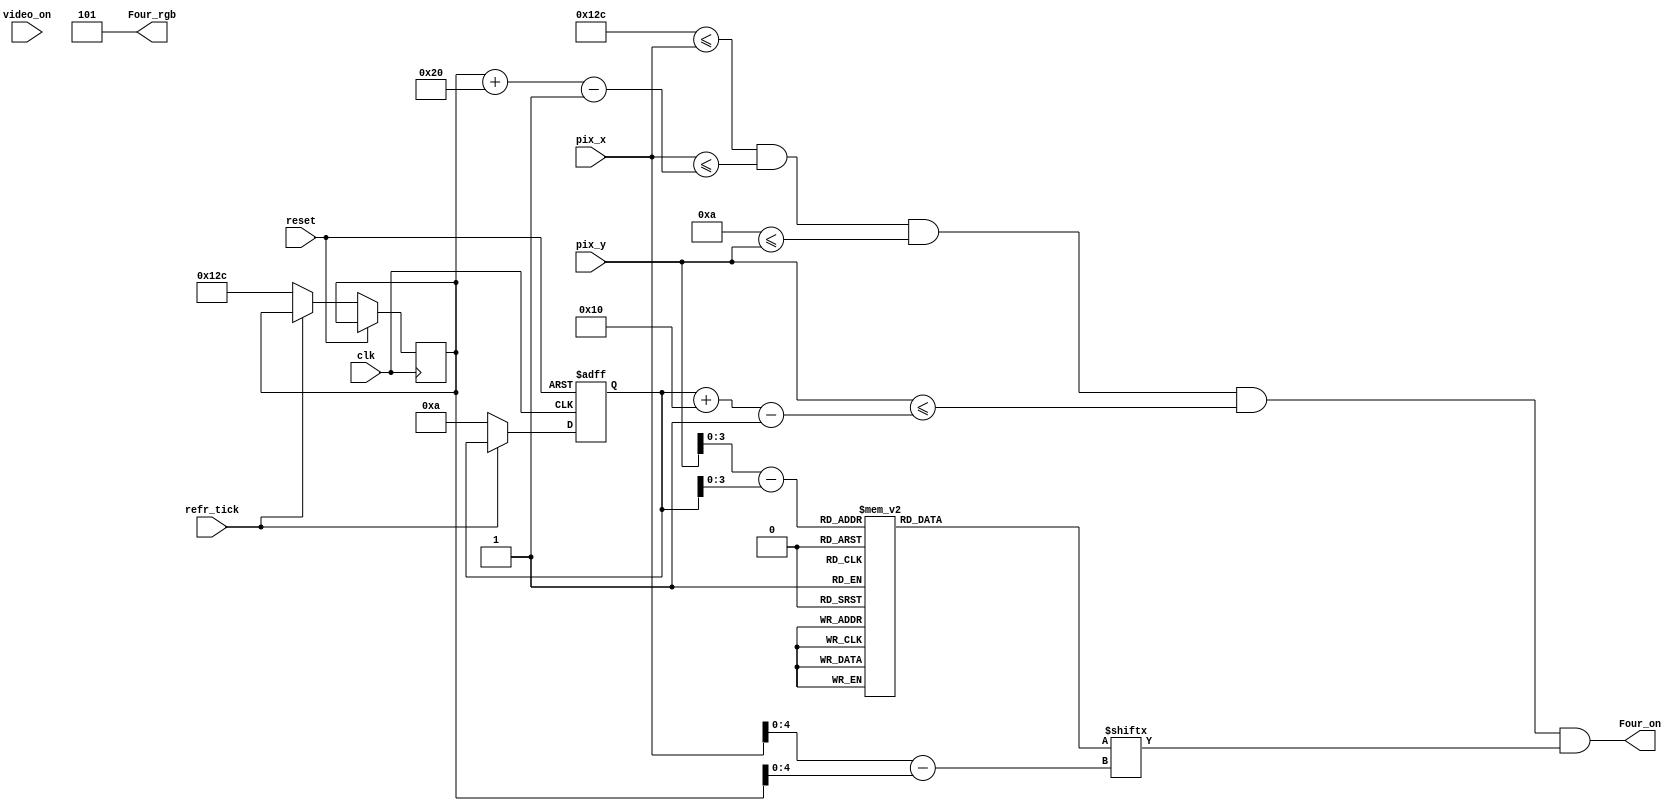
module Four_4(clk, reset,video_on, refr_tick,pix_x,pix_y,Four_on,Four_rgb);
    input clk, reset;
    input video_on, refr_tick;
    input [9:0] pix_x;
    input [9:0] pix_y;
    output Four_on;
    output [2:0] Four_rgb;

  
  //--------------------------------------------
   // Four Logo
   //--------------------------------------------
   wire [3:0] Four_rom_addr; 
	wire [4:0] Four_rom_col;
   reg [31:0] Four_rom_data;
   wire Four_rom_bit,Four_Logo_on, Logo_on ;
   //--------------------------------------------
   // Four Logo Positioning
   //--------------------------------------------
   // Logo Position left, Top boundary
   localparam Four_X_L = 300;
	localparam Four_X_R = 331;
   localparam Four_X_T = 10;
	localparam Four_X_B = 25;
   
   localparam Four_Logo_x = 32;
   localparam Four_Logo_y = 16;

	 // Four left, right boundary
   wire [9:0] Four_x_l, Four_x_r;
   // Four top, bottom boundary
   wire [9:0] Four_y_t, Four_y_b;
   // reg to track left, top position
   reg [9:0] Four_x_reg, Four_y_reg;
   wire [9:0] Four_x_next, Four_y_next; 

	// body
   //--------------------------------------------
   // Four Logo
   //--------------------------------------------
   always @*
   case (Four_rom_addr)
      6'h0: Four_rom_data = 32'b00000000000111111111000000000000; //   ****
      6'h1: Four_rom_data = 33'b00000000000111111111100000000000; //  ******
      6'h2: Four_rom_data = 32'b0000000000011100001111000000000; // ********
      6'h3: Four_rom_data = 32'b0000000000011100000111100000000; // ********
      6'h4: Four_rom_data = 32'b00000000000111000000111100000000; // ********
      6'h5: Four_rom_data = 32'b00000000000111000000011110000000; // ********
      6'h6: Four_rom_data = 32'b00000000000111000000001111000000; //  ******
      6'h7: Four_rom_data = 32'b00000111111111111111111111000000; //   ****
	 6'h8: Four_rom_data = 32'b00000111111111111111111111000000; //   ****
      6'h9: Four_rom_data = 32'b00000000000111000000000000000000; //  ******
      6'hA: Four_rom_data = 32'b00000000000111000000000000000000; // ********
      6'hB: Four_rom_data = 32'b00000000000111000000000000000000; // ********
      6'hC: Four_rom_data = 32'b00000000000111000000000000000000; // ********
      6'hD: Four_rom_data = 32'b00000000000111000000000000000000; // ********
      6'hE: Four_rom_data = 32'b00000000000111000000000000000000; //  ******
      6'hF: Four_rom_data = 32'b00000000000111000000000000000000; //   ****

   endcase

    //------------------------------------------
	 // Register for Four logo
	 //------------------------------------------
	  // registers
   always @(posedge clk, posedge reset)
      if (reset)
         begin
           
			Four_y_reg <= 0;
            
         end
      else
         begin
            
		   	Four_x_reg <= Four_x_next;
		   	Four_y_reg <= Four_y_next;
            
         end


	//--------------------------------------------
   // Four Logo
   //--------------------------------------------
   // boundary
   assign Four_x_l = Four_x_reg;
   assign Four_y_t = Four_y_reg;
   assign Four_x_r = Four_x_l + Four_Logo_x - 1;
   assign Four_y_b = Four_y_t + Four_Logo_y - 1;
   // pixel within logo
   assign Logo_on =
            (Four_X_L<=pix_x) && (pix_x<=Four_x_r) &&
            (Four_X_T<=pix_y) && (pix_y<=Four_y_b);

	  //assign Logo_on =
     //       (Four_x_l<=Four_X_L) && (pix_x<=Four_x_r) &&
     //       (Four_y_t<=Four_X_T) && (pix_y<=Four_y_b);
   // map current pixel location to ROM addr/col
   assign Four_rom_addr = pix_y[3:0] - Four_y_t[3:0];
   assign Four_rom_col = pix_x[4:0] - Four_x_l[4:0];
   assign Four_rom_bit = Four_rom_data[Four_rom_col];
   // pixel within logo
   assign Four_on = (Logo_on & Four_rom_bit);
   assign Four_rgb = 3'b101; 
   
   //  assign Four_x_next = (refr_tick)?  Four_x_reg + 1'b1:Four_x_reg;
   //	 assign Four_y_next = (refr_tick) ? Four_y_reg + 1'b1:Four_y_reg;
   assign Four_x_next = (refr_tick) ?  Four_x_reg: Four_X_L;
   assign Four_y_next = (refr_tick) ? Four_y_reg : Four_X_T ;



endmodule